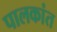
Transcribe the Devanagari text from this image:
पालकांत